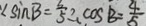
\angle \sin B = \frac { 3 } { 5 } \therefore \cos B = \frac { 4 } { 5 }